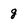
Character: g